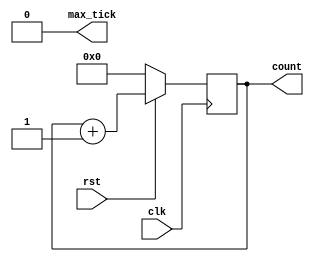
module mod_m_counter 
	#(
	  parameter n = 4, // outptut # bits
				m = 123 // mod
	)
	(
	 input clk, rst,
	 output [n-1:0] count, 
	 output max_tick
	);
	
	// signal declaration
	reg [n-1:0] count_reg, count_next;
	
	/// body
	// register
	always @ (negedge clk) begin
		if (!rst)
			count_reg <=0;
		else	
		count_reg <= count_next;
	end // always
	
	// next-state logic
	always @ * begin
	if (count_reg == m-1)
	 count_next = 0;
	 else
	 count_next = count_reg + 1;
	end // always
	
	// output logic
	assign count = count_reg;
	assign max_tick = (count_reg == (m-1)) ? 1'b1 : 1'b0;
endmodule